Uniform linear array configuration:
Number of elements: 16
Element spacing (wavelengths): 0.5
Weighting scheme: uniform
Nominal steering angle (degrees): -30
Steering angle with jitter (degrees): -28.197
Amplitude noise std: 0.05
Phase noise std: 0.05

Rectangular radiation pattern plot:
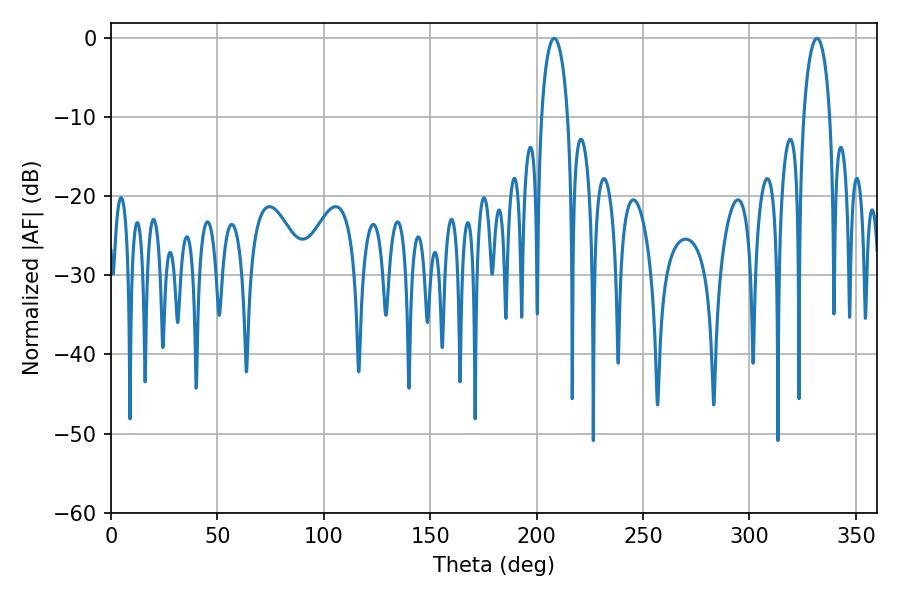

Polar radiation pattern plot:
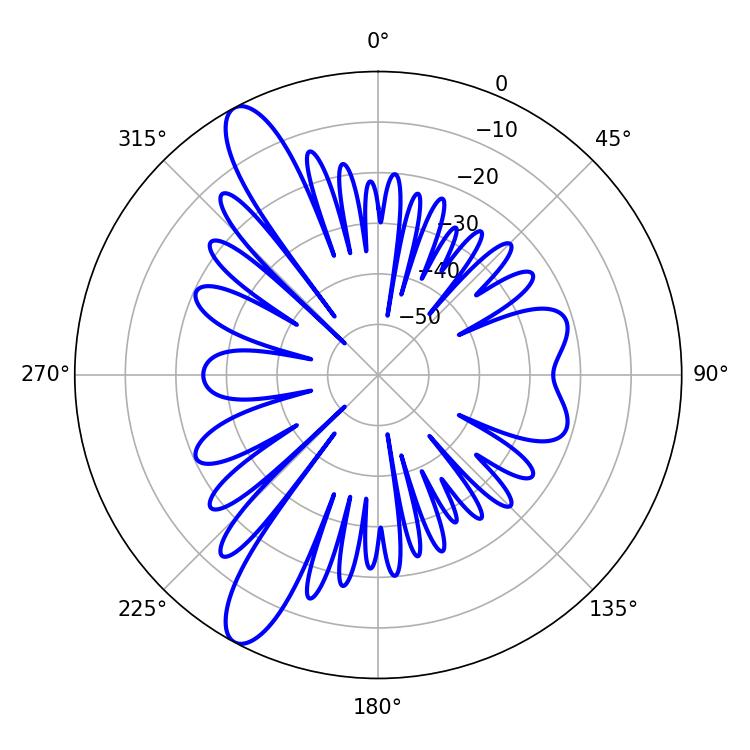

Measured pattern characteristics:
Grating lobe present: FALSE
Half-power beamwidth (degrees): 7.02
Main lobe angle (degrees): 331.74